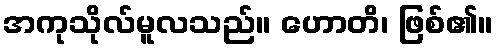
အကုသိုလ်မူလသည်။ ဟောတိ၊ ဖြစ်၏။